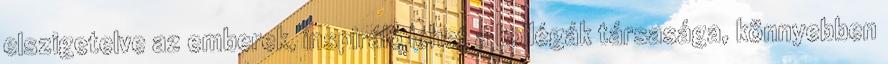
elszigetelve az emberek, inspiráló lehet a kollégák társasága, könnyebben